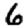
Digit: 6